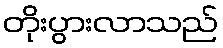
တိုးပွားလာသည်